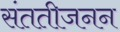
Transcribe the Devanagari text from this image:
संततीजनन